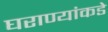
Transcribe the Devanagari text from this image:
घराण्यांकडे